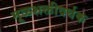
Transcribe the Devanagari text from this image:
मूळशक्तीवर्धक